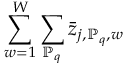
\sum _ { w = 1 } ^ { W } \sum _ { \mathbb { P } _ { q } } \bar { z } _ { j , \mathbb { P } _ { q } , w }